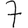
Digit: 7